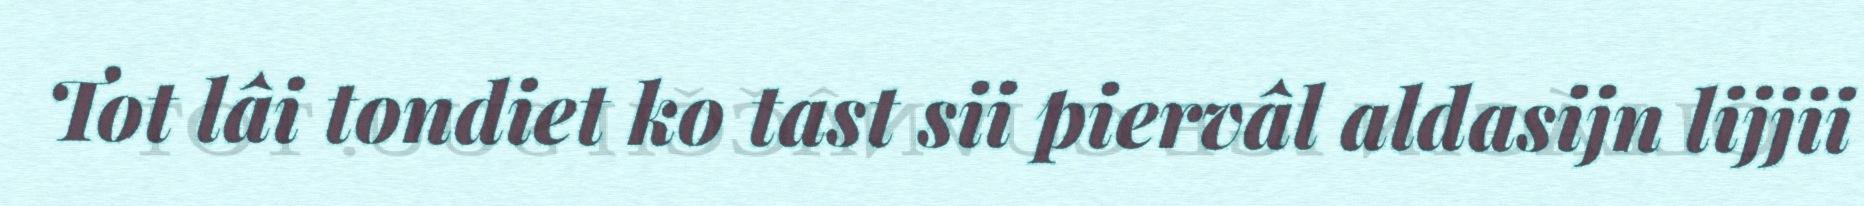
Tot lâi tondiet ko tast sii piervâl aldasijn lijjii